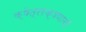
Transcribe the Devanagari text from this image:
क्षेत्ररक्षणाची